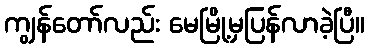
ကျွန်တော်လည်း မေမြို့မှပြန်လာခဲ့ပြီ။